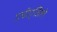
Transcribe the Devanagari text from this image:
एचीएजिले